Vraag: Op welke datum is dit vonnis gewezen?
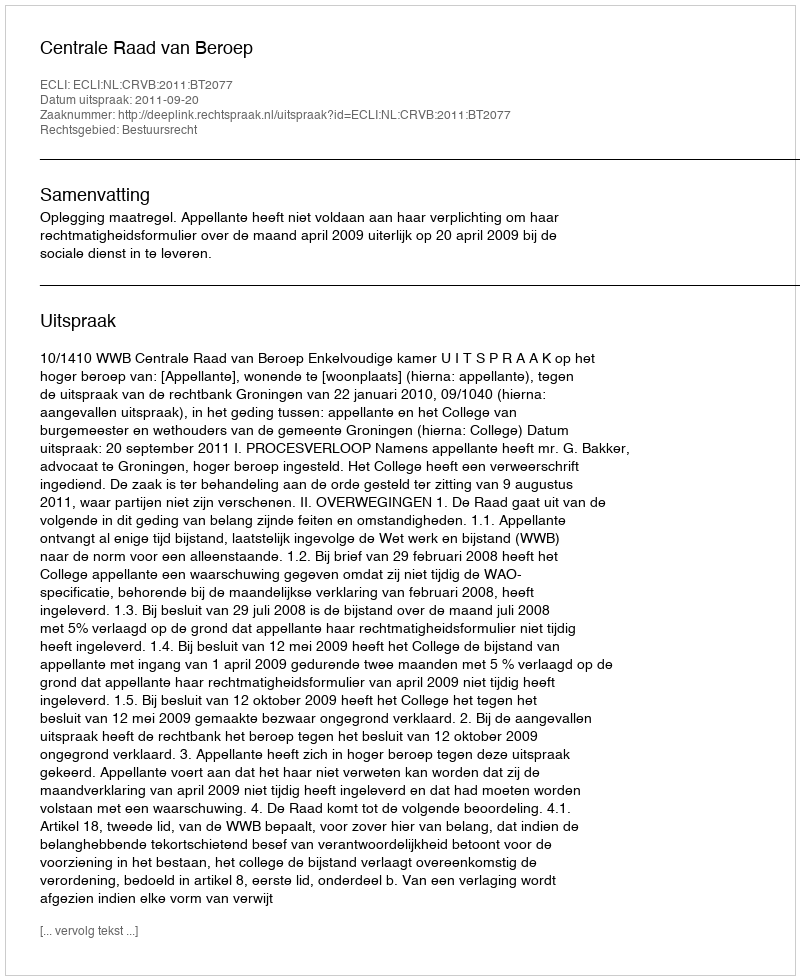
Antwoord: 2011-09-20